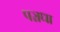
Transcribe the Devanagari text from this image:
पञ्चधा